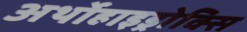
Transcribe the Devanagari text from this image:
अर्थोहाइड्रोक्सि